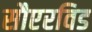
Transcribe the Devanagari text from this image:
सौएरविड